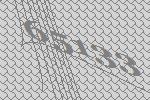
65133